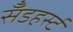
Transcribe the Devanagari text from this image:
सॅँडहर्स्ट